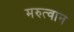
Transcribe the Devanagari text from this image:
मरुत्वान